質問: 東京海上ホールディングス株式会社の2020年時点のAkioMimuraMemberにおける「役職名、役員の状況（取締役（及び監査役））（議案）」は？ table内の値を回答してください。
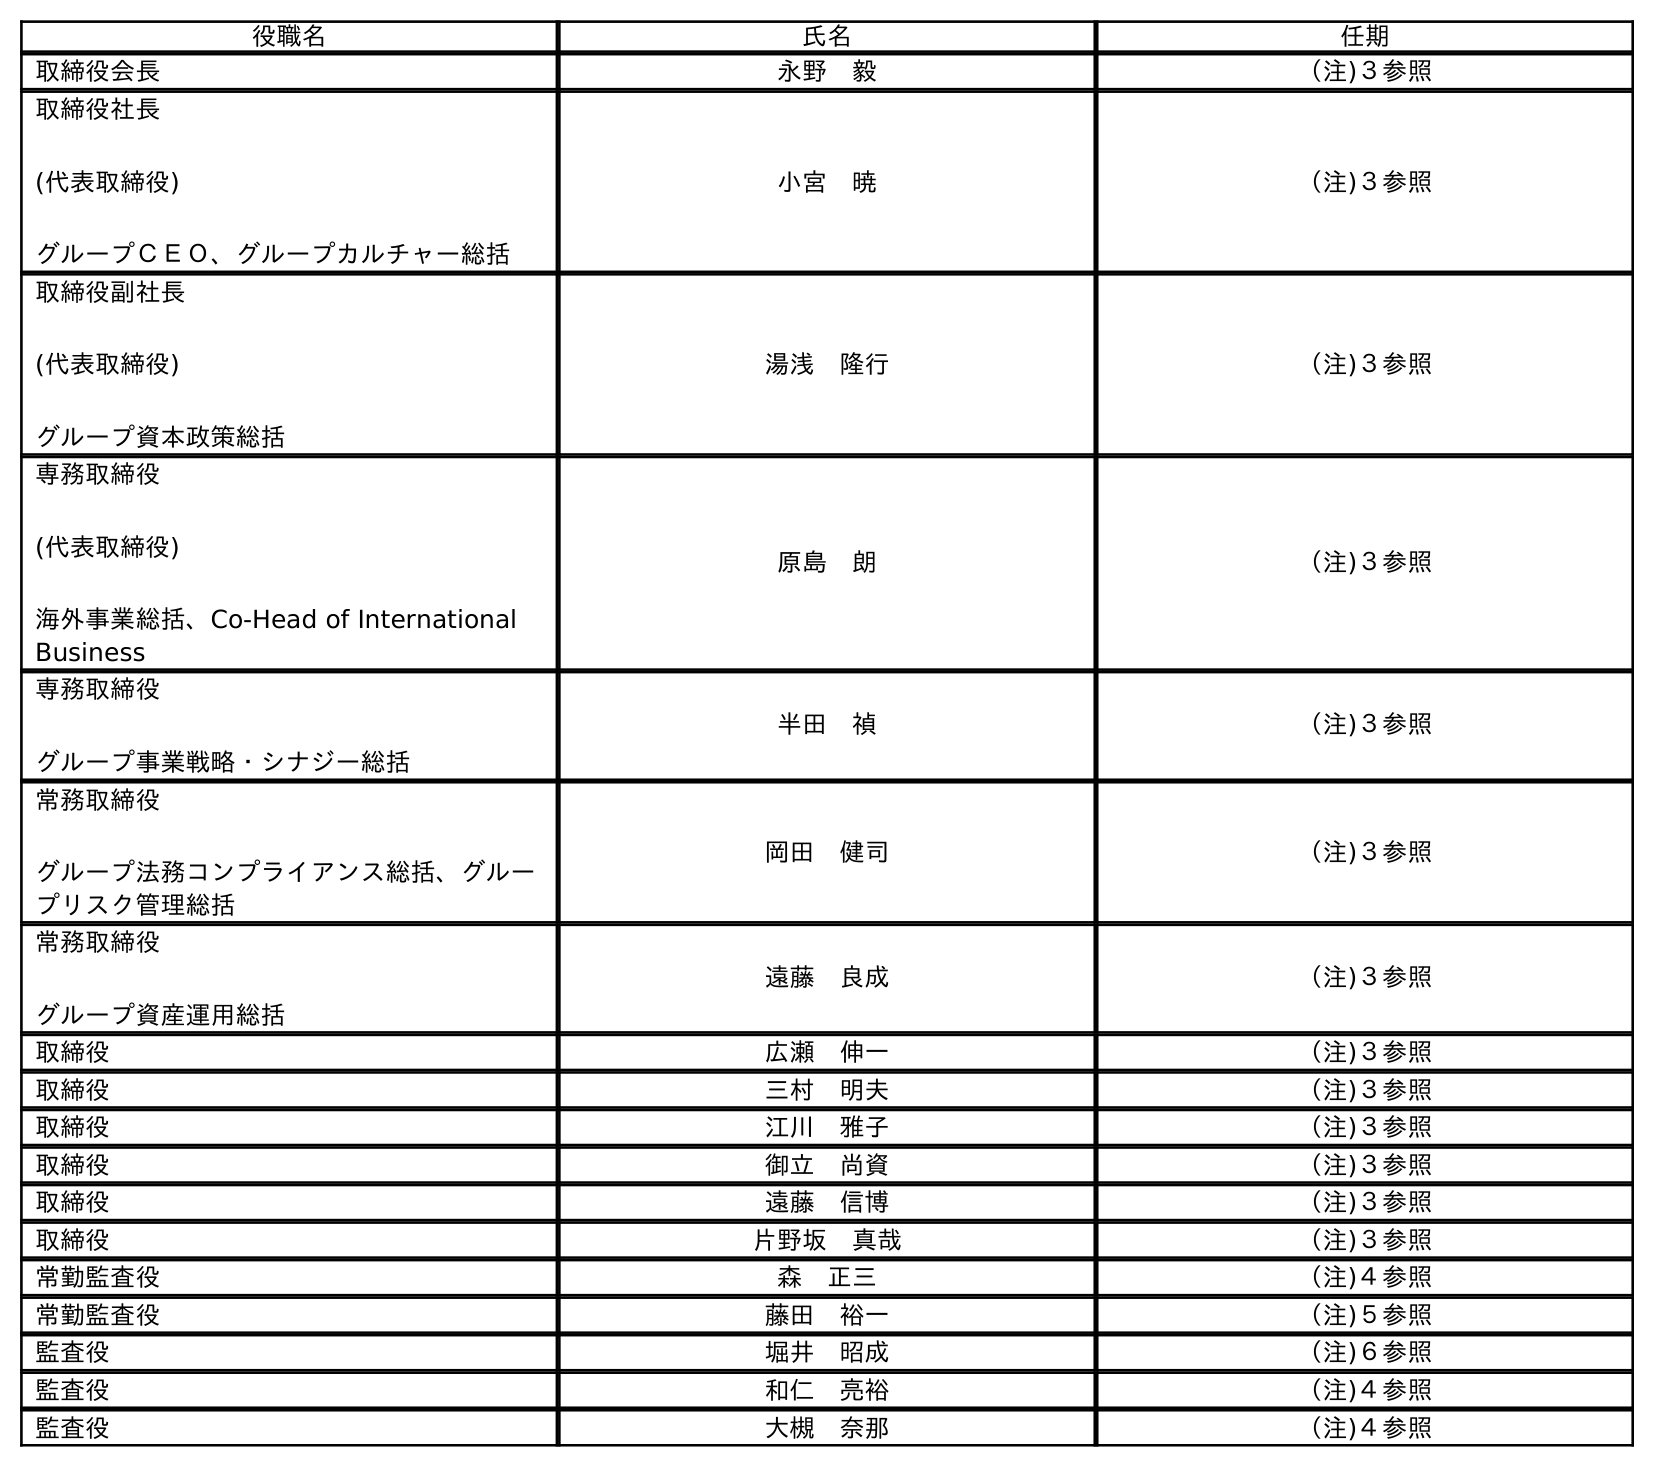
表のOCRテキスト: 役職名 氏名 任期 取締役会長 永野 毅 （注)３参照 取締役社長 (代表取締役) グループＣＥＯ、グループカルチャー総括 小宮 暁 （注)３参照 取締役副社長 (代表取締役) グループ資本政策総括 湯浅 隆行 （注)３参照 専務取締役 (代表取締役) 海外事業総括、Co-Head of International Business 原島 朗 （注)３参照 専務取締役 グループ事業戦略・シナジー総括 半田 禎 （注)３参照 常務取締役 グループ法務コンプライアンス総括、グルー プリスク管理総括 岡田 健司 （注)３参照 常務取締役 グループ資産運用総括 遠藤 良成 （注)３参照 取締役 広瀬 伸一 （注)３参照 取締役 三村 明夫 （注)３参照 取締役 江川 雅子 （注)３参照 取締役 御立 尚資 （注)３参照 取締役 遠藤 信博 （注)３参照 取締役 片野坂 真哉 （注)３参照 常勤監査役 森 正三 （注)４参照 常勤監査役 藤田 裕一 （注)５参照 監査役 堀井 昭成 （注)６参照 監査役 和仁 亮裕 （注)４参照 監査役 大槻 奈那 （注)４参照
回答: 取締役